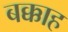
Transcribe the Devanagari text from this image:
बक्काह